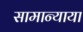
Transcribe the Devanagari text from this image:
सामान्याया